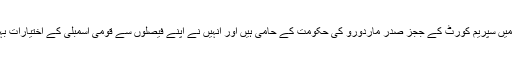
اختیارات کی جنگ میں سپریم کورٹ کے ججز صدر ماردورو کی حکومت کے حامی ہیں اور انہیں نے اپنے فیصلوں سے قومی اسمبلی کے اختیارات بہت کم کر رہے ہیں۔